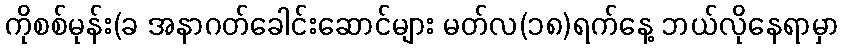
ကိုစစ်မုန်း(ခ အနာဂတ်ခေါင်းဆောင်များ မတ်လ(၁၈)ရက်နေ့ ဘယ်လိုနေရာမှာ